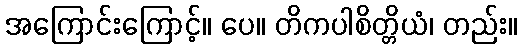
အကြောင်းကြောင့်။ ပေ။ တိကပါစိတ္တိယံ၊ တည်း။